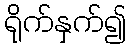
ရိုက်နှက်၍